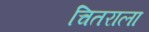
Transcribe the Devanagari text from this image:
चितराला